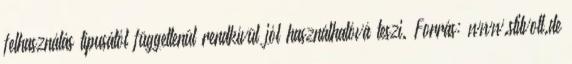
felhasználás típusától függetlenül rendkívül jól használhatóvá teszi. Forrás: www.stilvoll.de